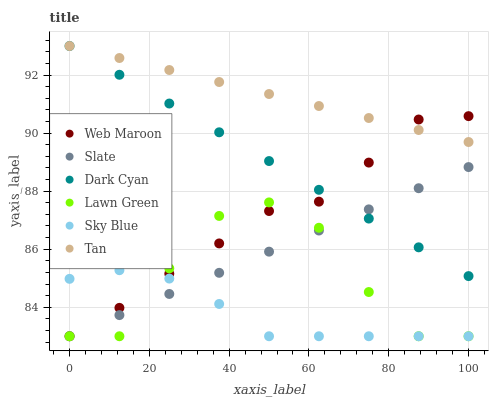
| xaxis_label | Web Maroon | Slate | Dark Cyan | Lawn Green | Sky Blue | Tan |
 | --- | --- | --- | --- | --- | --- | --- |
 | 0 | 83 | 83 | 93 | 83 | 85 | 93 |
 | 12.5 | 84 | 83.7 | 92 | 83 | 85.3 | 92.6 |
 | 25 | 85.2 | 84.5 | 91 | 85.3 | 85 | 92.2 |
 | 37.5 | 86.2 | 85.2 | 90 | 87.1 | 84.1 | 91.8 |
 | 50 | 87.3 | 85.9 | 89 | 87.6 | 83 | 91.3 |
 | 62.5 | 87.6 | 86.6 | 88 | 86.7 | 83 | 90.9 |
 | 75 | 89 | 87.4 | 87.1 | 84.5 | 83 | 90.5 |
 | 87.5 | 90.5 | 88.1 | 86.1 | 83 | 83 | 90.1 |
 | 100 | 90.6 | 88.8 | 85.1 | 83 | 83 | 89.7 |